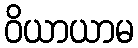
ဝိယာယာမ